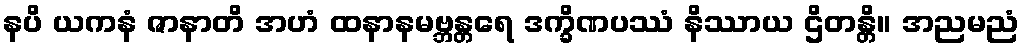
နပိ ယကနံ ဇာနာတိ အဟံ ထနာနမဗ္ဘန္တရေ ဒက္ခိဏပဿံ နိဿာယ ဌိတန္တိ။ အညမညံ